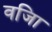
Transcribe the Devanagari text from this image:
वजिा